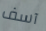
آسف